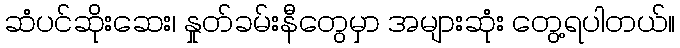
ဆံပင်ဆိုးဆေး၊ နှုတ်ခမ်းနီတွေမှာ အများဆုံး တွေ့ရပါတယ်။